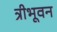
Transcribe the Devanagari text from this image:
त्रीभूवन